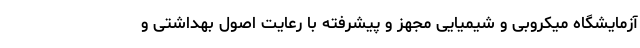
آزمایشگاه میکروبی و شیمیایی مجهز و پیشرفته با رعایت اصول بهداشتی و